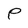
Character: P